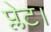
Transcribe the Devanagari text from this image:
प्लेट।